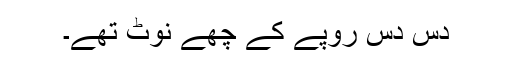
دس دس روپے کے چھے نوٹ تھے۔